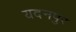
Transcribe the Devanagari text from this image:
यदनपुर